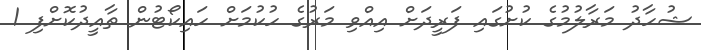
ޝުހާދު މަރާލުމުގެ ކުށުގައި ފަރީދަށް އިއްވި މަރުގެ ހުކުމަށް ހައިކޯޓުން ތާއީދުކޮށްފި 1